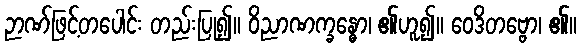
ဉာဏ်ဖြင့်တပေါင်း တည်းပြု၍။ ဝိညာဏက္ခန္ဓော၊ ၏ဟူ၍။ ဝေဒိတဗ္ဗော၊ ၏။